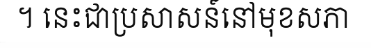
។ នេះជាប្រសាសន៍នៅមុខសភា